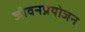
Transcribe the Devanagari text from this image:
जीवनप्रयोजन